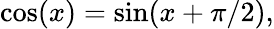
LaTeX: \cos(x)=\sin(x+\pi/2),